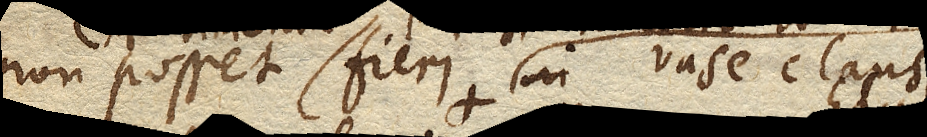
non posset fieri in vase clauso